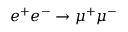
e ^ { + } e ^ { - } \to \mu ^ { + } \mu ^ { - }